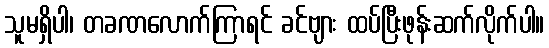
သူမရှိပါ၊ တခဏလောက်ကြာရင် ခင်ဗျား ထပ်ပြီးဖုန်းဆက်လိုက်ပါ။